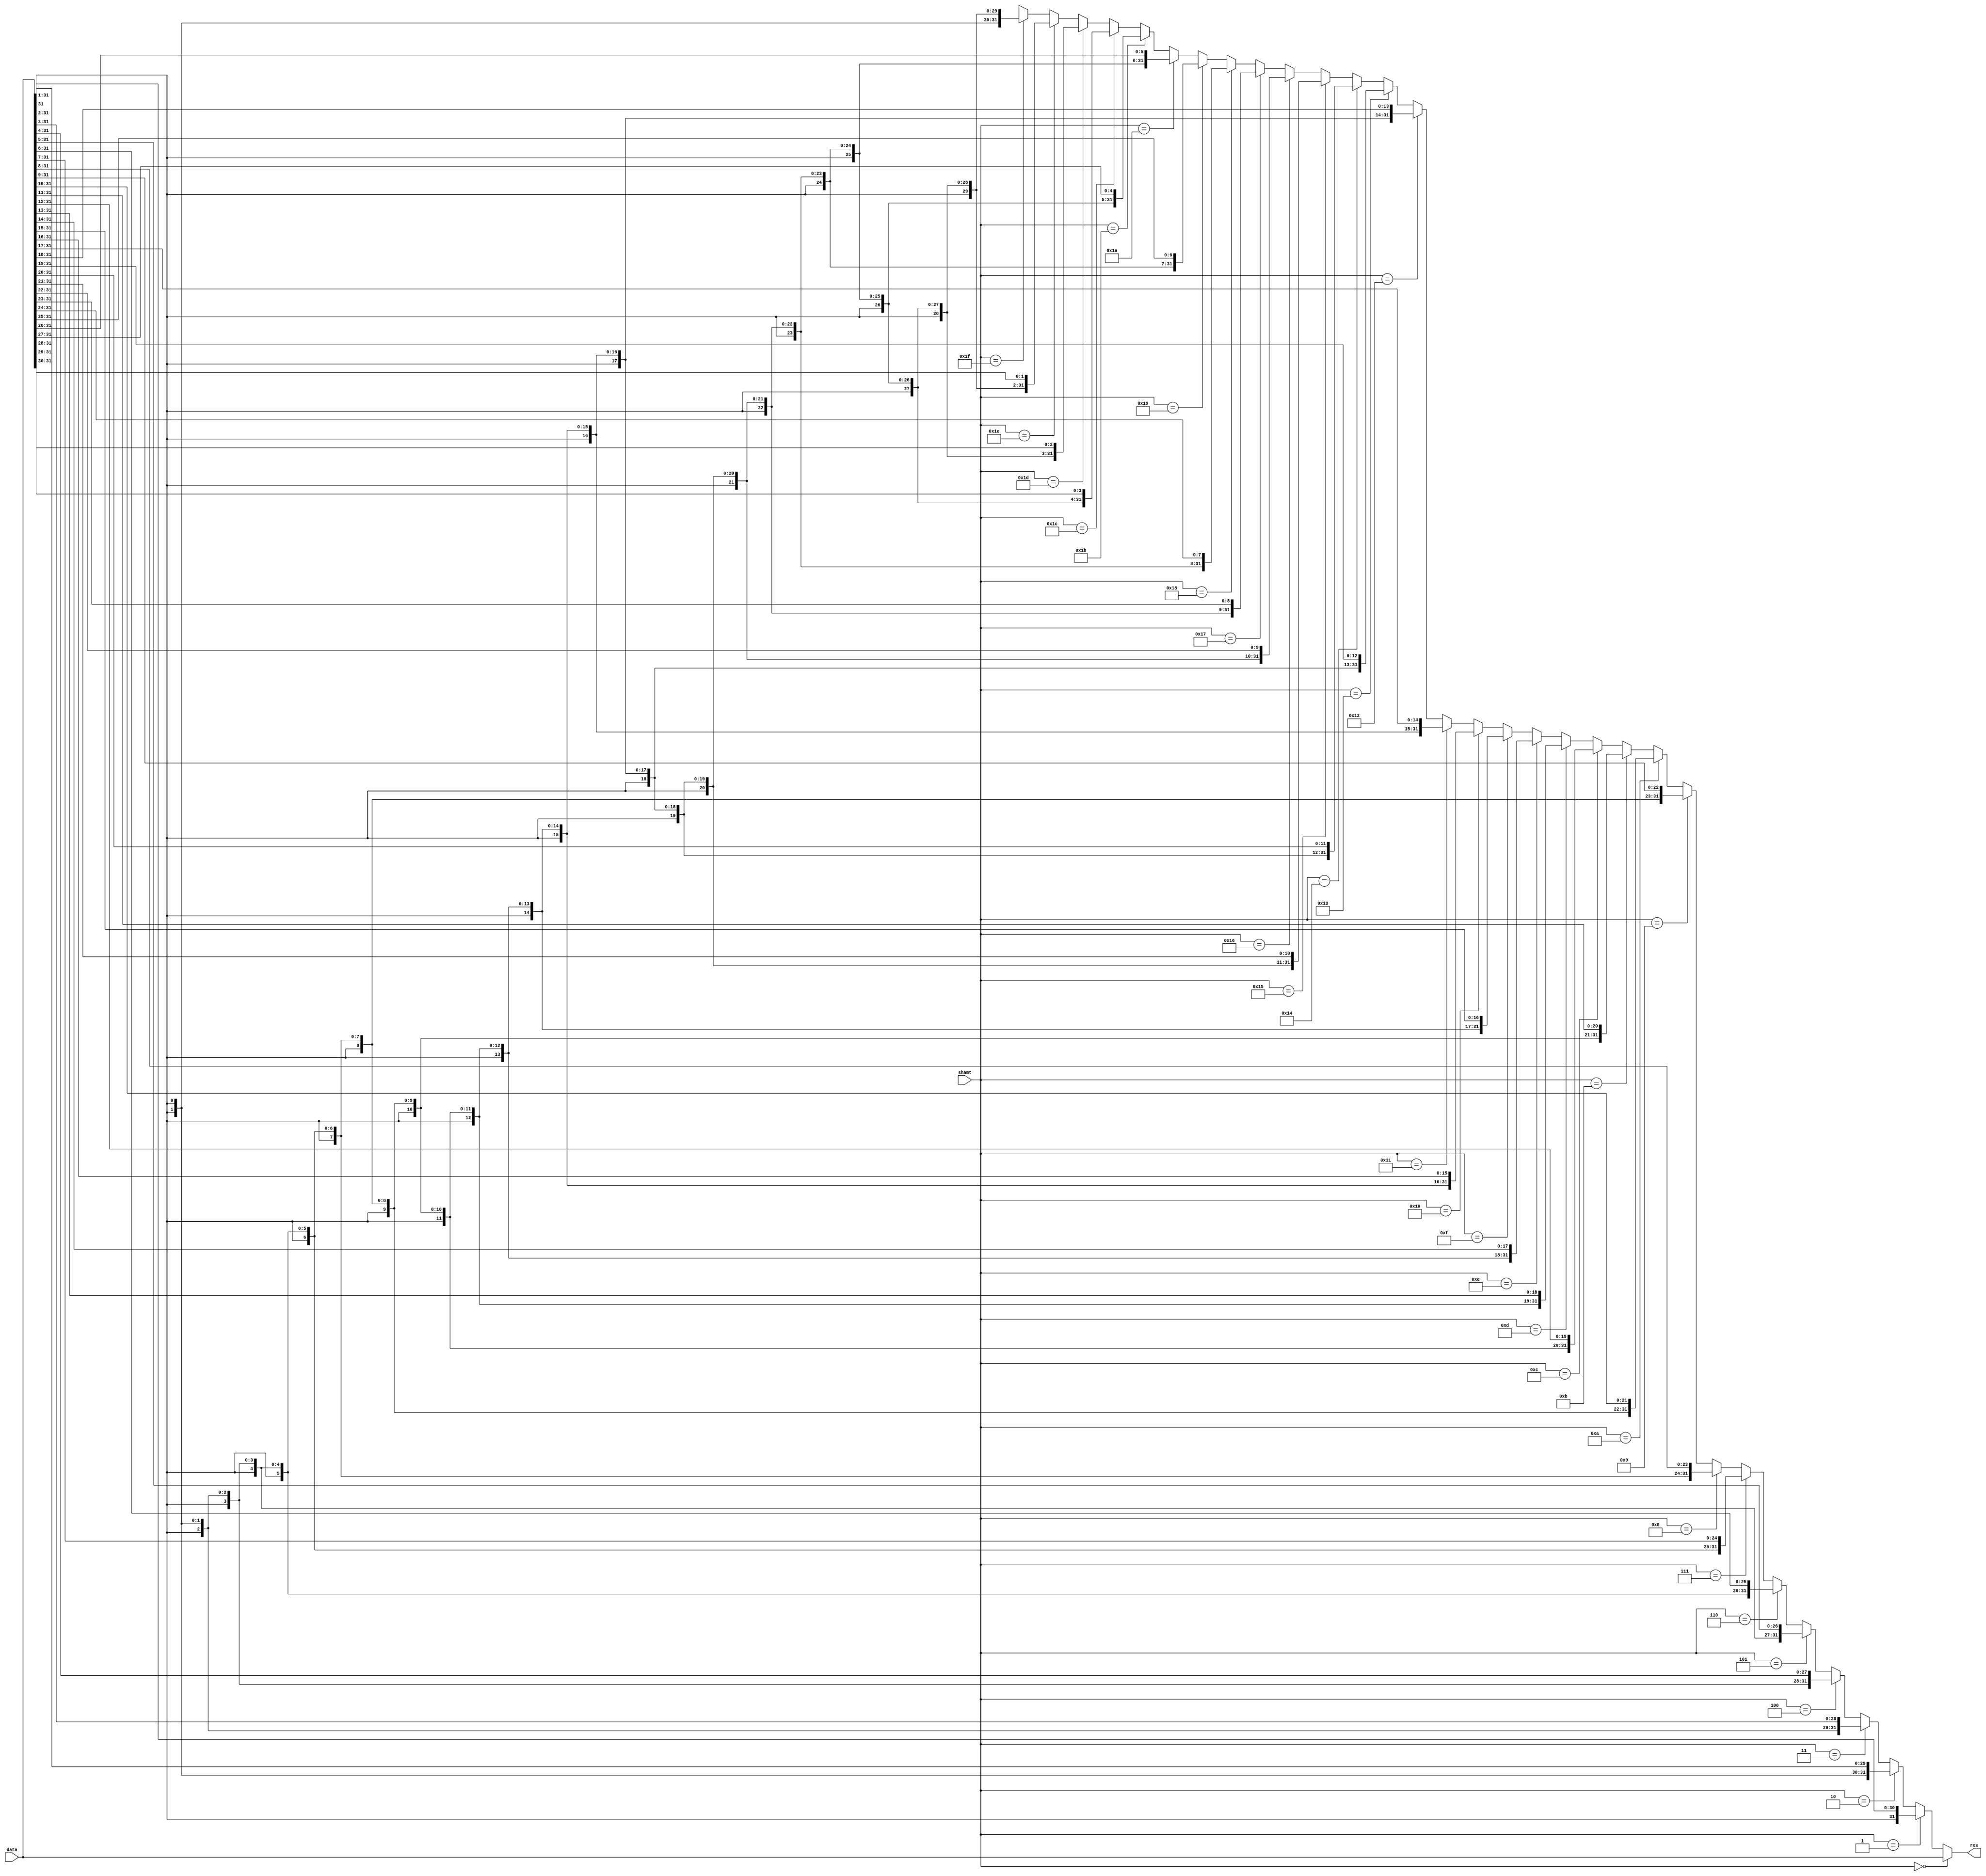
`timescale 1ns/1ps

module SignedArithShiftWorkaround(
  input signed [31:0] data,
  input [4:0] shamt,
  output [31:0] res
);
  assign res =
    shamt == 5'b00000 ? { { 0{data[31]}}, data[31: 0] } :
    shamt == 5'b00001 ? { { 1{data[31]}}, data[31: 1] } :
    shamt == 5'b00010 ? { { 2{data[31]}}, data[31: 2] } :
    shamt == 5'b00011 ? { { 3{data[31]}}, data[31: 3] } :
    shamt == 5'b00100 ? { { 4{data[31]}}, data[31: 4] } :
    shamt == 5'b00101 ? { { 5{data[31]}}, data[31: 5] } :
    shamt == 5'b00110 ? { { 6{data[31]}}, data[31: 6] } :
    shamt == 5'b00111 ? { { 7{data[31]}}, data[31: 7] } :
    shamt == 5'b01000 ? { { 8{data[31]}}, data[31: 8] } :
    shamt == 5'b01001 ? { { 9{data[31]}}, data[31: 9] } :
    shamt == 5'b01010 ? { {10{data[31]}}, data[31:10] } :
    shamt == 5'b01011 ? { {11{data[31]}}, data[31:11] } :
    shamt == 5'b01100 ? { {12{data[31]}}, data[31:12] } :
    shamt == 5'b01101 ? { {13{data[31]}}, data[31:13] } :
    shamt == 5'b01110 ? { {14{data[31]}}, data[31:14] } :
    shamt == 5'b01111 ? { {15{data[31]}}, data[31:15] } :
    shamt == 5'b10000 ? { {16{data[31]}}, data[31:16] } :
    shamt == 5'b10001 ? { {17{data[31]}}, data[31:17] } :
    shamt == 5'b10010 ? { {18{data[31]}}, data[31:18] } :
    shamt == 5'b10011 ? { {19{data[31]}}, data[31:19] } :
    shamt == 5'b10100 ? { {20{data[31]}}, data[31:20] } :
    shamt == 5'b10101 ? { {21{data[31]}}, data[31:21] } :
    shamt == 5'b10110 ? { {22{data[31]}}, data[31:22] } :
    shamt == 5'b10111 ? { {23{data[31]}}, data[31:23] } :
    shamt == 5'b11000 ? { {24{data[31]}}, data[31:24] } :
    shamt == 5'b11001 ? { {25{data[31]}}, data[31:25] } :
    shamt == 5'b11010 ? { {26{data[31]}}, data[31:26] } :
    shamt == 5'b11011 ? { {27{data[31]}}, data[31:27] } :
    shamt == 5'b11100 ? { {28{data[31]}}, data[31:28] } :
    shamt == 5'b11101 ? { {29{data[31]}}, data[31:29] } :
    shamt == 5'b11110 ? { {30{data[31]}}, data[31:30] } :
    shamt == 5'b11111 ? { {31{data[31]}}, data[31:31] } :
    32'bX;
endmodule

// ALU opcode table:
// ____________________________________
// |         |                        |
// | ALU OP  | Description            |
// |---------|------------------------|
// | 4'b0000 | addition               |
// | 4'b0001 | subtranction           |
// | 4'b0010 | multiplication         |
// |---------|------------------------|
// | 4'b0100 | shift left             |
// | 4'b0110 | shift right unsigned   |
// | 4'b0111 | shift right signed     |
// |---------|------------------------|
// | 4'b1001 | and                    |
// | 4'b1010 | or                     |
// | 4'b1011 | xor                    |
// |---------|------------------------|
// | 4'b1100 | set-less-than unsigned |
// | 4'b1101 | set-less-than signed   |
// |_________|________________________|
//
module Alu(
  input [3:0] alu_op,
  input [31:0] a_data,
  input [31:0] b_data,

  output [31:0] alu_res
);

  wire signed [31:0] signed_a_data = $signed(a_data);
  wire signed [31:0] signed_b_data = $signed(b_data);
  wire [4:0] shamt = b_data[4:0];

  wire [31:0] signed_shifted_data;
  SignedArithShiftWorkaround sasw(
    .data(a_data),
    .shamt(shamt),
    .res(signed_shifted_data)
  ); 

  assign alu_res =
    alu_op == 4'b0000 ? a_data + b_data :
    alu_op == 4'b0001 ? a_data - b_data :
    alu_op == 4'b0010 ? a_data * b_data :

    alu_op == 4'b0100 ? a_data << shamt :
    alu_op == 4'b0110 ? a_data >> shamt :
    alu_op == 4'b0111 ? signed_shifted_data :

    alu_op == 4'b1001 ? a_data & b_data :
    alu_op == 4'b1010 ? a_data | b_data :
    alu_op == 4'b1011 ? a_data ^ b_data :

    alu_op == 4'b1100 ? a_data < b_data ? 1 : 0 :
    alu_op == 4'b1101 ? signed_a_data < signed_b_data ? 1 : 0 :
    {32'bX};

endmodule